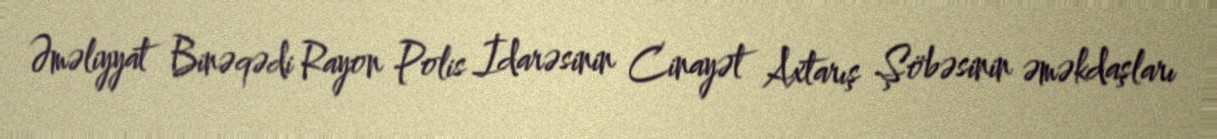
Əməliyyat Binəqədi Rayon Polis İdarəsinin Cinayət Axtarış Şöbəsinin əməkdaşları